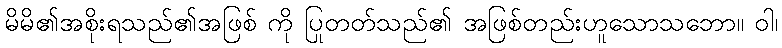
မိမိ၏အစိုးရသည်၏အဖြစ် ကို ပြုတတ်သည်၏ အဖြစ်တည်းဟူသောသဘော။ ဝါ၊